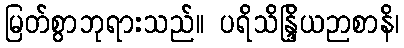
မြတ်စွာဘုရားသည်။ ပရိသိန္ဒြိယဉာစာနိ၊